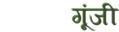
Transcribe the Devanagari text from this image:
गूंजी